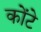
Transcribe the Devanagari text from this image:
कोंटे